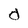
Character: d